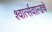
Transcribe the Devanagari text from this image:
श्वार्त्सवाल्डचे